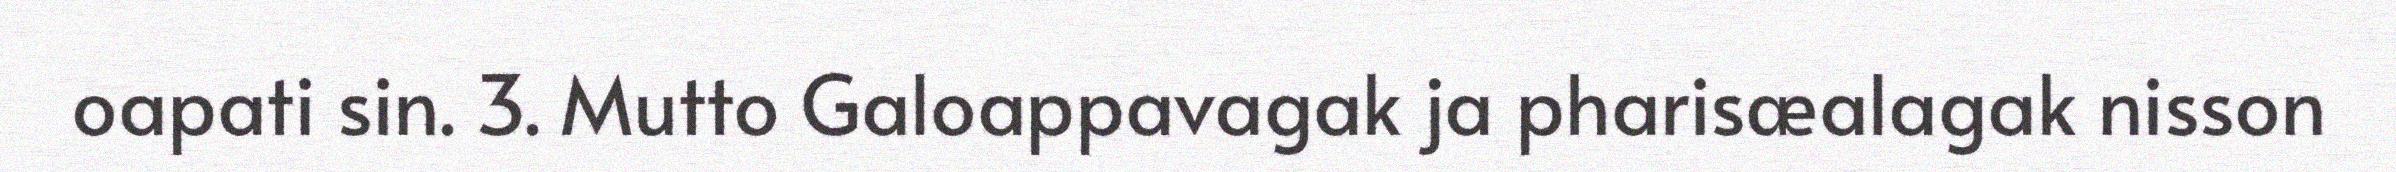
oapati sin. 3. Mutto Galoappavagak ja pharisæalagak nisson